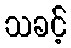
သခင့်